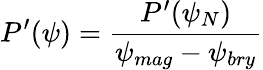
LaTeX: P^{\prime}(\psi)=\frac{P^{\prime}(\psi_{N})}{\psi_{mag}-\psi_{bry}}